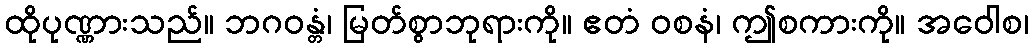
ထိုပုဏ္ဏားသည်။ ဘဂဝန္တံ၊ မြတ်စွာဘုရားကို။ ဧတံ ဝစနံ၊ ဤစကားကို။ အဝေါစ၊